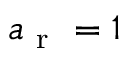
a _ { \mathrm { ~ r ~ } } = 1